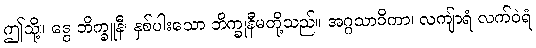
ဤသို့။ ဒွေ ဘိက္ခူနီ၊ နှစ်ပါးသော ဘိက္ခုနီမတို့သည်။ အဂ္ဂသာဝိကာ၊ လကျ်ာရံ လက်ဝဲရံ